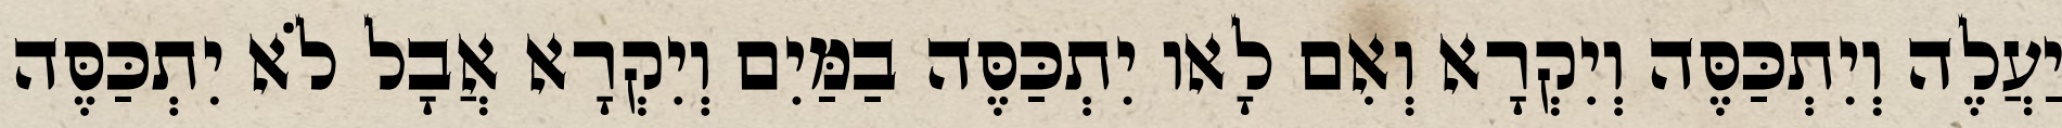
יַעֲלֶה וְיִתְכַּסֶּה וְיִקְרָא וְאִם לָאו יִתְכַּסֶּה בַמַּיִם וְיִקְרָא אֲבָל לֹא יִתְכַּסֶּה